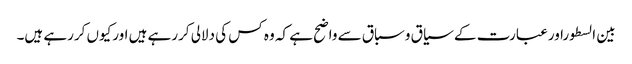
بین السطوراورعبارت کے سیاق وسباق سے واضح ہے کہ وہ کس کی دلالی کررہے ہیں اورکیوں کررہے ہیں۔